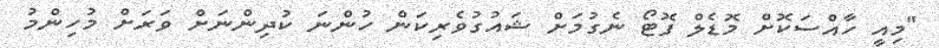
"މިއީ ހާއްސަކޮށް މޮޑެލް ފޮޓޯ ނެގުމަށް ޝައުގުވެރިކަން ހުންނަ ކުދިންނަށް ވަރަށް މުހިންމު